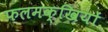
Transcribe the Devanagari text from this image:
फलमक्खियों